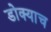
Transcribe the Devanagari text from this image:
डोक्याच